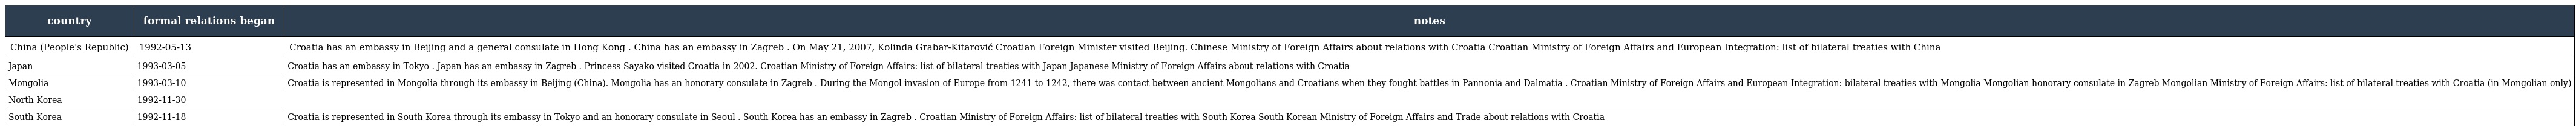
| country | formal relations began | notes |
 | --- | --- | --- |
 | China (People's Republic) | 1992-05-13 | Croatia has an embassy in Beijing and a general consulate in Hong Kong . China has an embassy in Zagreb . On May 21, 2007, Kolinda Grabar-Kitarović Croatian Foreign Minister visited Beijing. Chinese Ministry of Foreign Affairs about relations with Croatia Croatian Ministry of Foreign Affairs and European Integration: list of bilateral treaties with China |
 | Japan | 1993-03-05 | Croatia has an embassy in Tokyo . Japan has an embassy in Zagreb . Princess Sayako visited Croatia in 2002. Croatian Ministry of Foreign Affairs: list of bilateral treaties with Japan Japanese Ministry of Foreign Affairs about relations with Croatia |
 | Mongolia | 1993-03-10 | Croatia is represented in Mongolia through its embassy in Beijing (China). Mongolia has an honorary consulate in Zagreb . During the Mongol invasion of Europe from 1241 to 1242, there was contact between ancient Mongolians and Croatians when they fought battles in Pannonia and Dalmatia . Croatian Ministry of Foreign Affairs and European Integration: bilateral treaties with Mongolia Mongolian honorary consulate in Zagreb Mongolian Ministry of Foreign Affairs: list of bilateral treaties with Croatia (in Mongolian only) |
 | North Korea | 1992-11-30 |  |
 | South Korea | 1992-11-18 | Croatia is represented in South Korea through its embassy in Tokyo and an honorary consulate in Seoul . South Korea has an embassy in Zagreb . Croatian Ministry of Foreign Affairs: list of bilateral treaties with South Korea South Korean Ministry of Foreign Affairs and Trade about relations with Croatia |